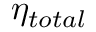
\eta _ { t o t a l }